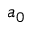
a _ { 0 }